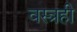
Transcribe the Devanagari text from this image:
वस्त्रही